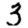
Digit: 3